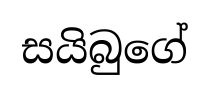
සයිබුගේ